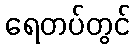
ရေတပ်တွင်